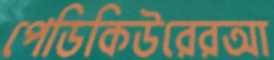
পেডিকিউরেরআ